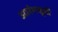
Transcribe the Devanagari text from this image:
आरंभसूची